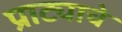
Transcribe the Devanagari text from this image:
प्राट्याचे